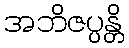
အဘိဇပ္ပန္တိ